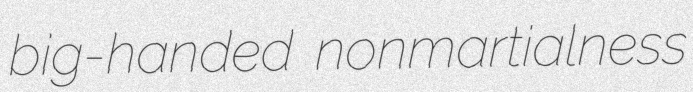
big-handed nonmartialness